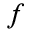
f